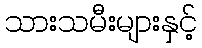
သားသမီးများနှင့်